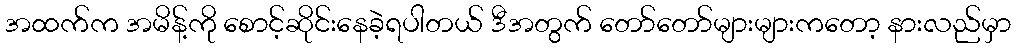
အထက်က အမိန့်ကို စောင့်ဆိုင်းနေခဲ့ရပါတယ် ဒီအတွက် တော်တော်များများကတော့ နားလည်မှာ